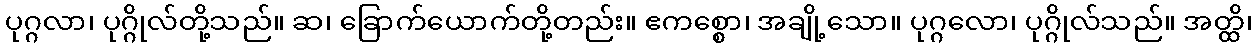
ပုဂ္ဂလာ၊ ပုဂ္ဂိုလ်တို့သည်။ ဆ၊ ခြောက်ယောက်တို့တည်း။ ဧကစ္စော၊ အချို့သော။ ပုဂ္ဂလော၊ ပုဂ္ဂိုလ်သည်။ အတ္ထိ၊